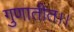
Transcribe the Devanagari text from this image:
गुणातीत।।